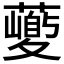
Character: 𱾱